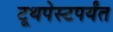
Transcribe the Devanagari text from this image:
टूथपेस्टपर्यंत